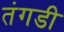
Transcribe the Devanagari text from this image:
तंगडी